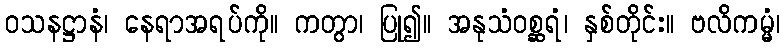
ဝသနဋ္ဌာနံ၊ နေရာအရပ်ကို။ ကတွာ၊ ပြု၍။ အနုသံဝစ္ဆရံ၊ နှစ်တိုင်း။ ဗလိကမ္မံ၊